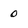
Character: 0